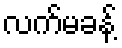
လက်မခန့်